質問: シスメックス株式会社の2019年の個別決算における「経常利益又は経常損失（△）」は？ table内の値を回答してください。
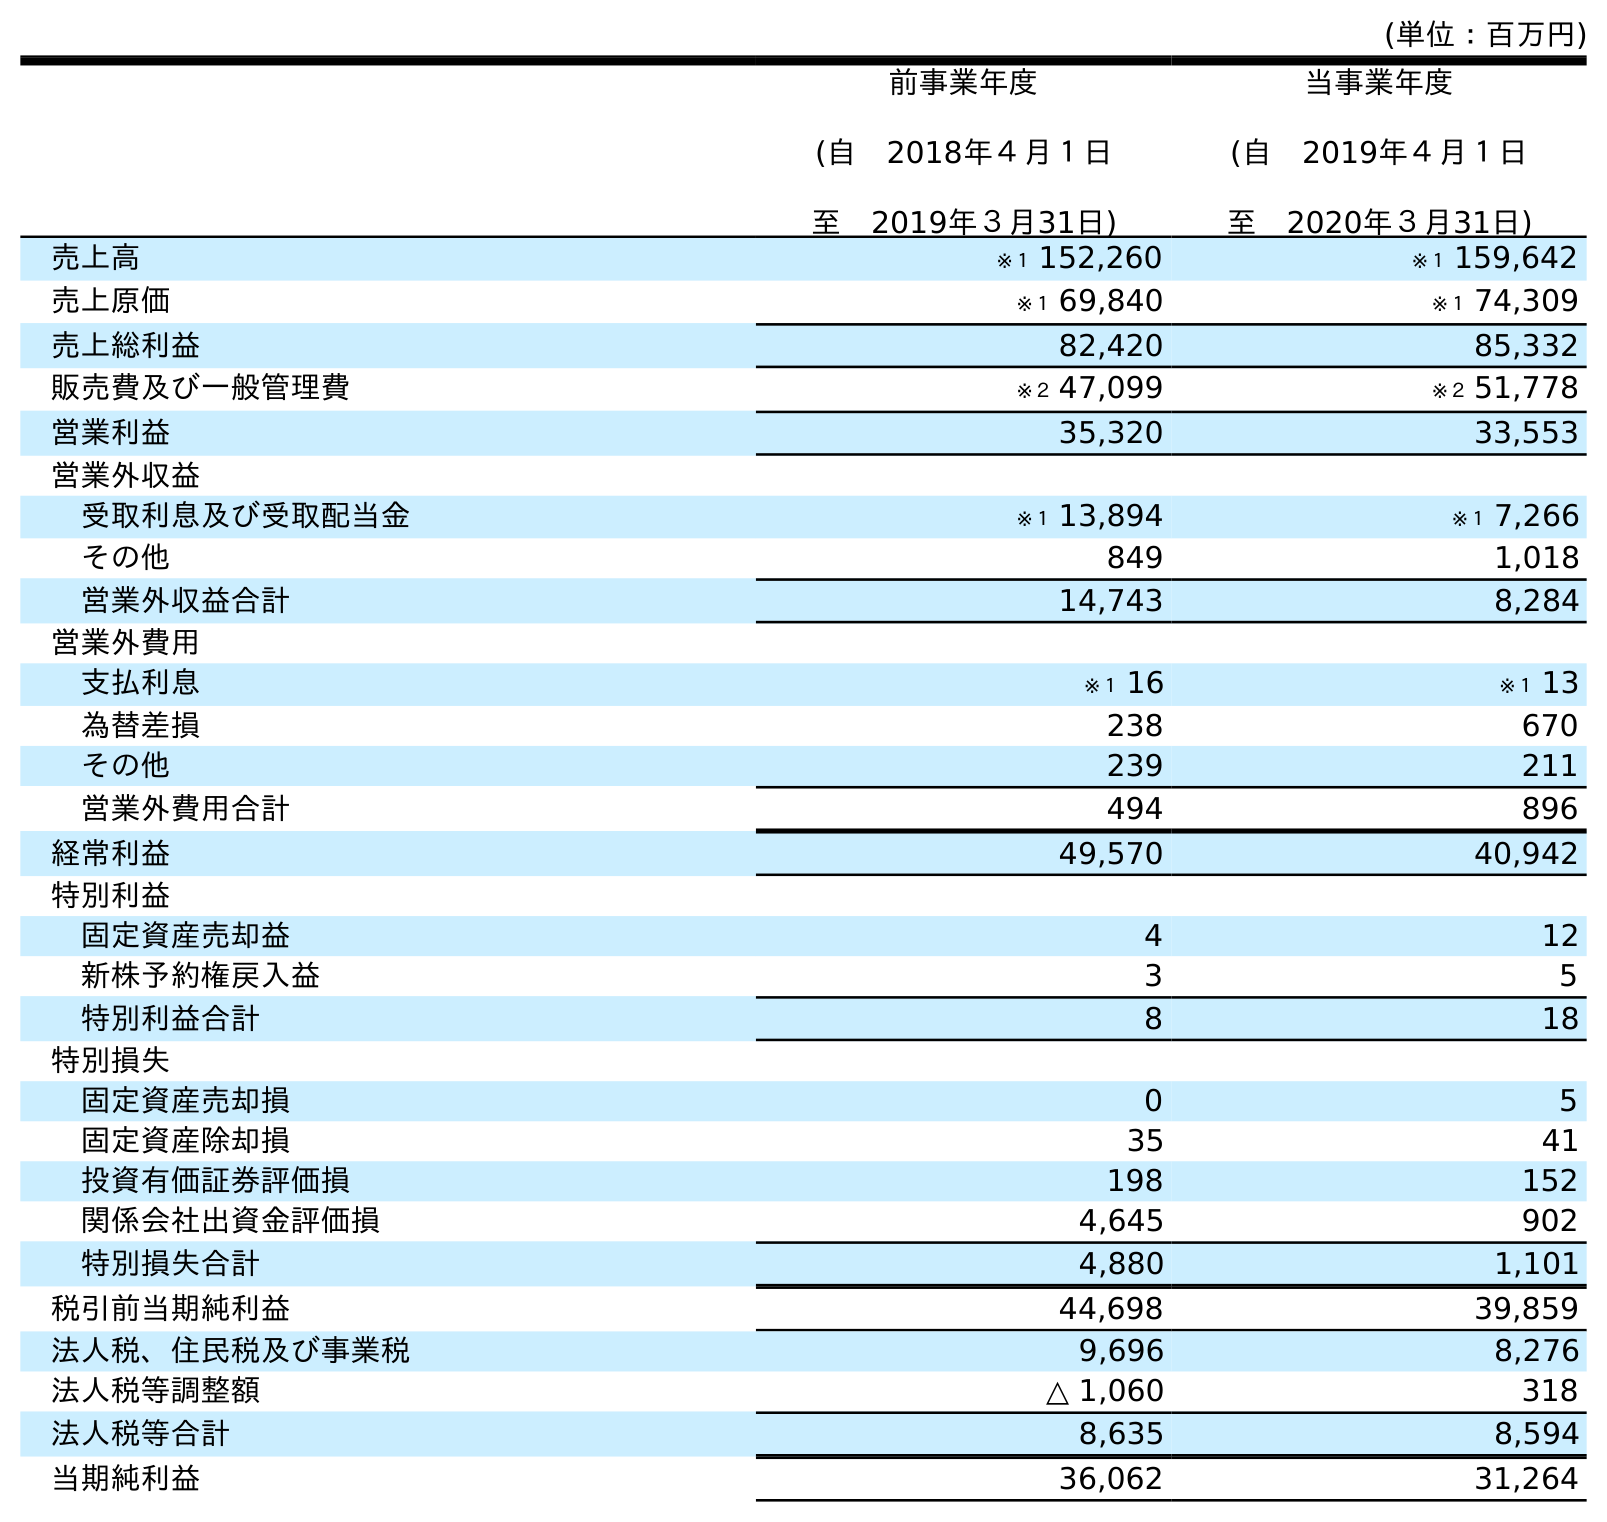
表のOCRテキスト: (単位：百万円) 前事業年度 (自 2018年４月１日 至 2019年３月31日) 当事業年度 (自 2019年４月１日 至 2020年３月31日) 売上高 ※１ 152,260 ※１ 159,642 売上原価 ※１ 69,840 ※１ 74,309 売上総利益 82,420 85,332 販売費及び一般管理費 ※２ 47,099 ※２ 51,778 営業利益 35,320 33,553 営業外収益 受取利息及び受取配当金 ※１ 13,894 ※１ 7,266 その他 849 1,018 営業外収益合計 14,743 8,284 営業外費用 支払利息 ※１ 16 ※１ 13 為替差損 238 670 その他 239 211 営業外費用合計 494 896 経常利益 49,570 40,942 特別利益 固定資産売却益 4 12 新株予約権戻入益 3 5 特別利益合計 8 18 特別損失 固定資産売却損 0 5 固定資産除却損 35 41 投資有価証券評価損 198 152 関係会社出資金評価損 4,645 902 特別損失合計 4,880 1,101 税引前当期純利益 44,698 39,859 法人税、住民税及び事業税 9,696 8,276 法人税等調整額 △ 1,060 318 法人税等合計 8,635 8,594 当期純利益 36,062 31,264
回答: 49,570